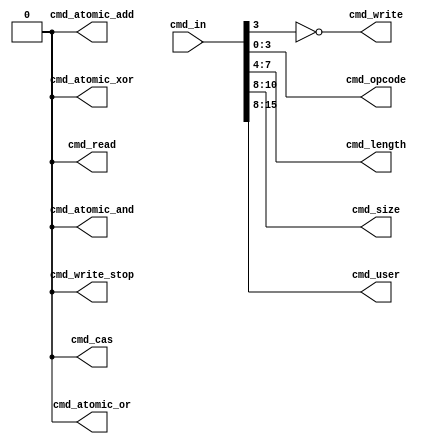
module enoc_decode
  (
   //Packet Command
   input [15:0] cmd_in,
   //Write
   output 	cmd_write,
   output 	cmd_write_stop,
   //Read
   output 	cmd_read,
   output 	cmd_atomic_add,
   output 	cmd_atomic_and,
   output 	cmd_atomic_or,
   output 	cmd_atomic_xor,
   output 	cmd_cas,
   //Fields
   output [3:0] cmd_opcode,
   output [3:0] cmd_length,
   output [2:0] cmd_size,
   output [7:0] cmd_user
   );
   
   //############################################
   // Command Decode
   //############################################

   //Writes
   assign cmd_write        = ~cmd_in[3];   
   assign cmd_write_stop   = cmd_in[3:0]==1001;
   
   //Reads/atomics
   assign cmd_read         = cmd_in[3:0]==1000;
   assign cmd_atomic_cas   = cmd_in[3:0]==1011;
   assign cmd_atomic_add   = cmd_in[3:0]==1100;
   assign cmd_atomic_and   = cmd_in[3:0]==1101;
   assign cmd_atomic_or    = cmd_in[3:0]==1110;
   assign cmd_atomic_xor   = cmd_in[3:0]==1111;

   //Field Decode
   assign cmd_opcode[3:0]  = cmd_in[3:0];
   assign cmd_length[3:0]  = cmd_in[7:4];
   assign cmd_size[2:0]    = cmd_in[10:8];
   assign cmd_user[7:0]    = cmd_in[15:8];
   
endmodule